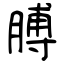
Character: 膊